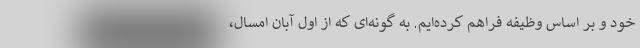
خود و بر اساس وظیفه فراهم کرده‌ایم. به گونه‌ای که از اول آبان امسال،